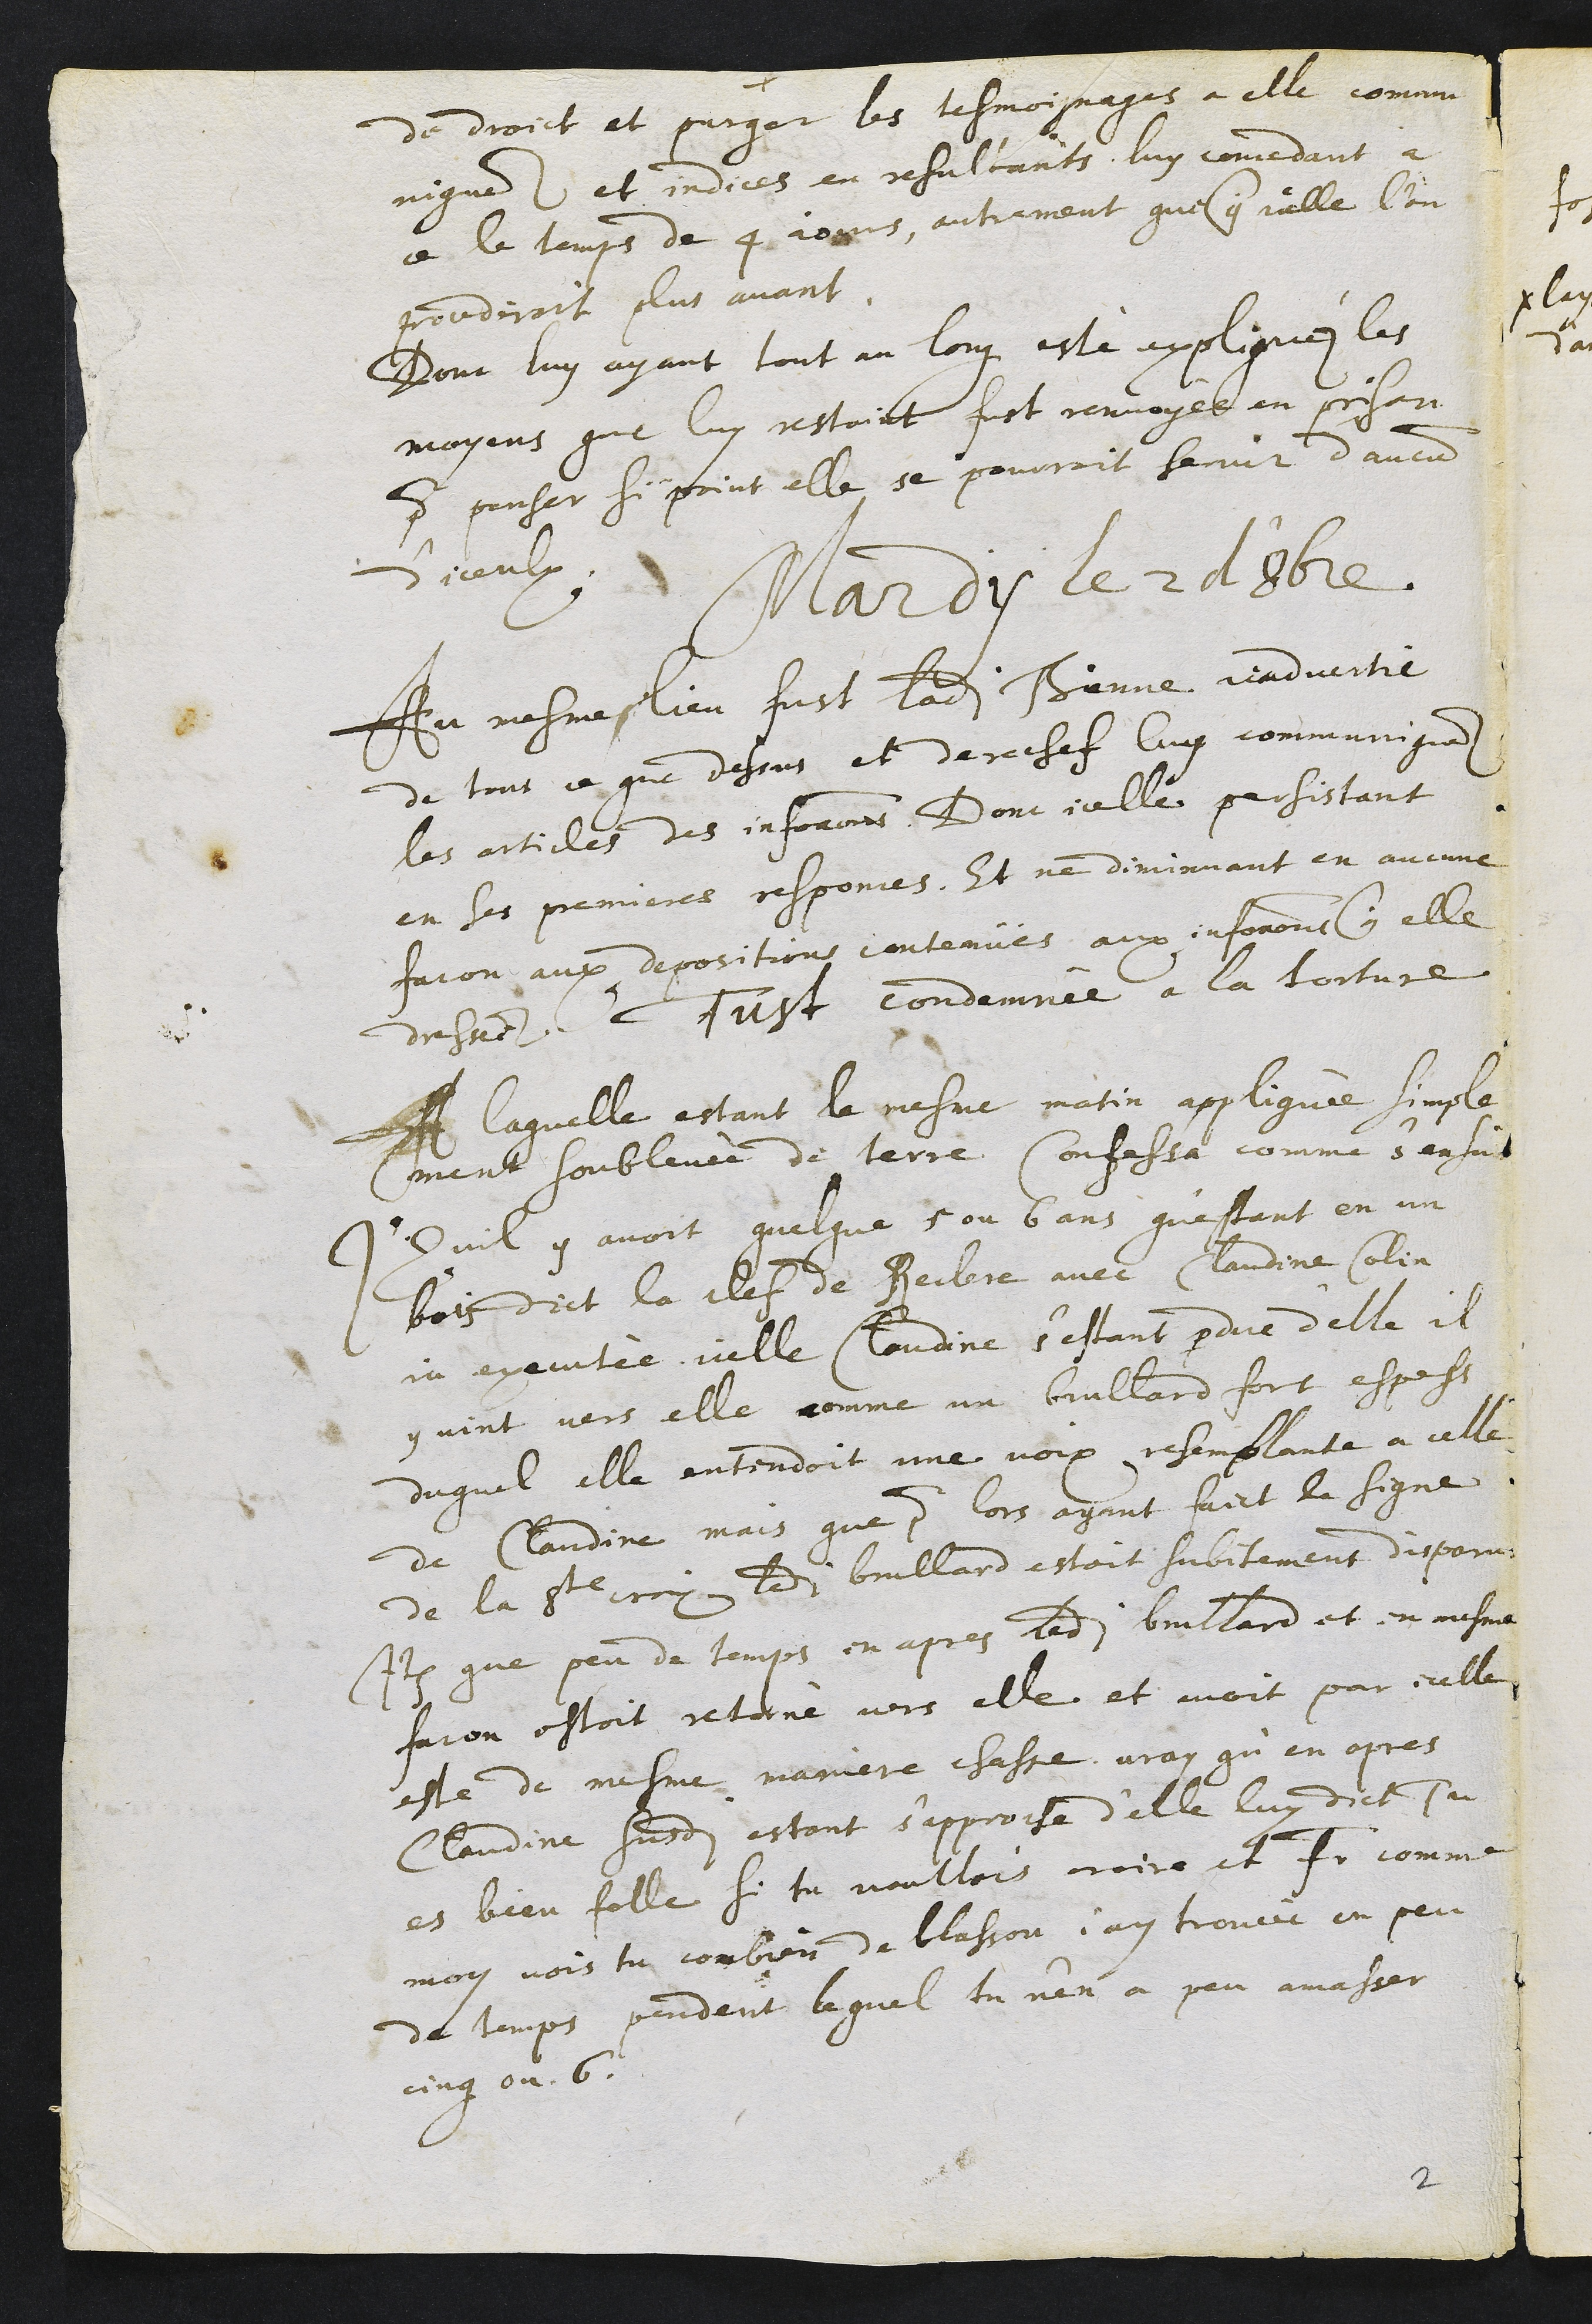
+
de droict et purger les tesmoignages a elle commu
niques et indices en resultants luy concedant a
ce le temps de 4 jours, autrement que contre icelle l’on
procediroit plus avant.
Dont luy ayant tout au long esté expliquéz les
moyens que luy restoit fust renvoyée en prison
pour penser si point elle se pourroit servir d’aucun
d'iceulx
Mardy le 2 d'8bre.
Au mesme lieu fust ladite Thinne readvertie
de tout ce que dessus et derechef luy communiques
les articles des informations. Dont icelle persistant
en ses premieres responces, Et ne diminuant en aucune
facon aux depositions contenües aux informations contre elle
dressees Fust condemnée a la torture
A laquelle estant le mesme matin appliquée simple
ment soublevée de terre Confessa comme s'ensuit
Quil y avoit quelque 5 ou 6 ans questant en un
bois dict la clef de Reclere avec Claudine Colin
ja executée elle Claudine s’estant perdue d’elle il
y vint vers elle comme un brullard fort espess,
duquel elle entendoit une voix resemblante a celle
de Claudine mais que pour lors ayant faict le signe
de la Ste croix ledit brullard estoit subitement disparu
Item que peu de temps en apres ledit brullard et en mesme
facon estoit retorné vers elle et avoit par icelle
este de mesme maniere chasse, vray qu’en apres
Claudine susdite estant s’approche d’elle luy dict Tu
es bien folle si tu voullois croire et faire comme
moy vois tu combien de blasson jay trouvé en peu
de temps pendant lequel tu n’en a peu amasser
cinq ou 6

2